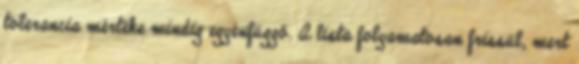
tolerancia mértéke mindig egyénfüggő. A lista folyamatosan frissül, mert